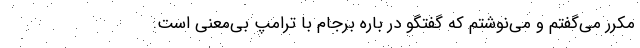
مکرر می‌گفتم و می‌نوشتم که گفتگو در باره برجام با ترامپ بی‌معنی است.